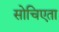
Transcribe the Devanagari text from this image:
सोचिएता